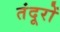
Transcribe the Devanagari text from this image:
तंदूरों